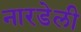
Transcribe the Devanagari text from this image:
नारडेली